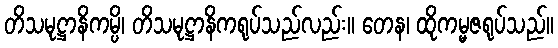
တိသမုဋ္ဌာနိကမ္ပိ၊ တိသမုဋ္ဌာနိကရုပ်သည်လည်း။ တေန၊ ထိုကမ္မဇရုပ်သည်။